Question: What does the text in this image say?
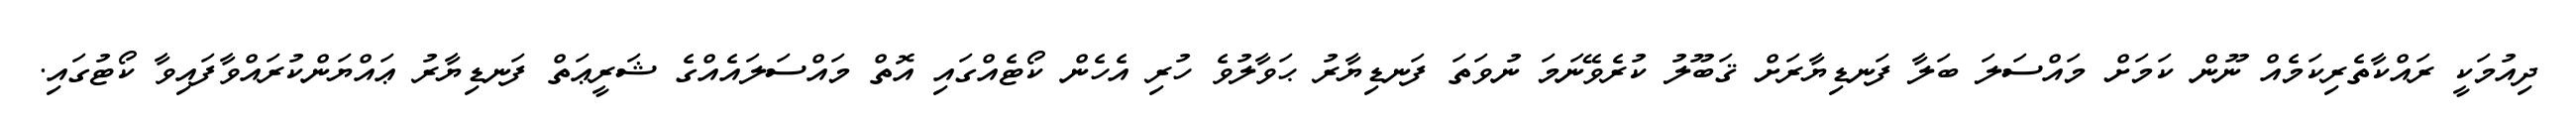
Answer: ދިއުމަކީ ރައްކާތެރިކަމެއް ނޫން ކަމަށް މައްސަލަ ބަލާ ފަނޑިޔާރަށް ޤަބޫލު ކުރެވޭނަމަ ނުވަތަ ފަނޑިޔާރު ޙަވާލުވެ ހުރި އެހެން ކޯޓެއްގައި އޮތް މައްސަލައެއްގެ ޝަރީޢަތް ފަނޑިޔާރު ޢައްޔަންކުރައްވާފައިވާ ކޯޓުގައި.